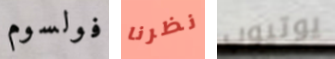
فولسوم نظرنا يوتيوب